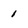
Character: 1